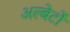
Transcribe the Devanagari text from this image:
अल्बेर्टों